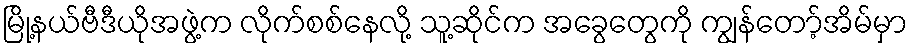
မြို့နယ်ဗီဒီယိုအဖွဲ့က လိုက်စစ်နေလို့ သူ့ဆိုင်က အခွေတွေကို ကျွန်တော့်အိမ်မှာ